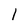
Character: 1